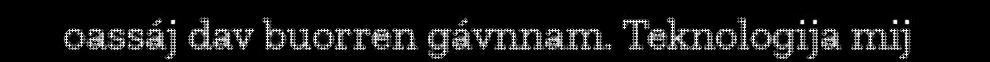
oassáj dav buorren gávnnam. Teknologija mij